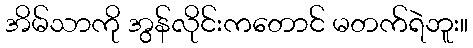
အိမ်သာကို အွန်လိုင်းကတောင် မတက်ရဲဘူး။